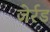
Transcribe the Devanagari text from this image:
जेर्रड